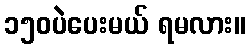
၁၅၀ပဲပေးမယ် ရမလား။